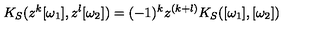
K _ { S } ( z ^ { k } [ \omega _ { 1 } ] , z ^ { l } [ \omega _ { 2 } ] ) = ( - 1 ) ^ { k } z ^ { ( k + l ) } K _ { S } ( [ \omega _ { 1 } ] , [ \omega _ { 2 } ] )